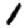
Digit: 1